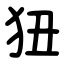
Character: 狃